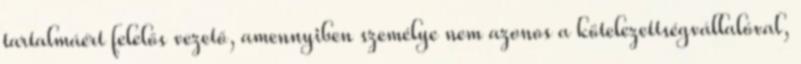
tartalmáért felelős vezető, amennyiben személye nem azonos a kötelezettségvállalóval,